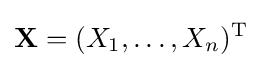
\mathbf {X} =(X_{1},\ldots ,X_{n})^{\rm {T}}